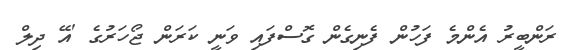
ރަންބީރު އެންމެ ފަހުން ފެނިގެން ގޮސްފައި ވަނީ ކަރަން ޖޯހަރުގެ 'އޭ ދިލް